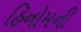
હિનોમની